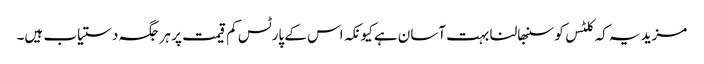
مزید یہ کہ کلٹس کو سنبھالنا بہت آسان ہے کیونکہ اس کے پارٹس کم قیمت پر ہر جگہ دستیاب ہیں۔